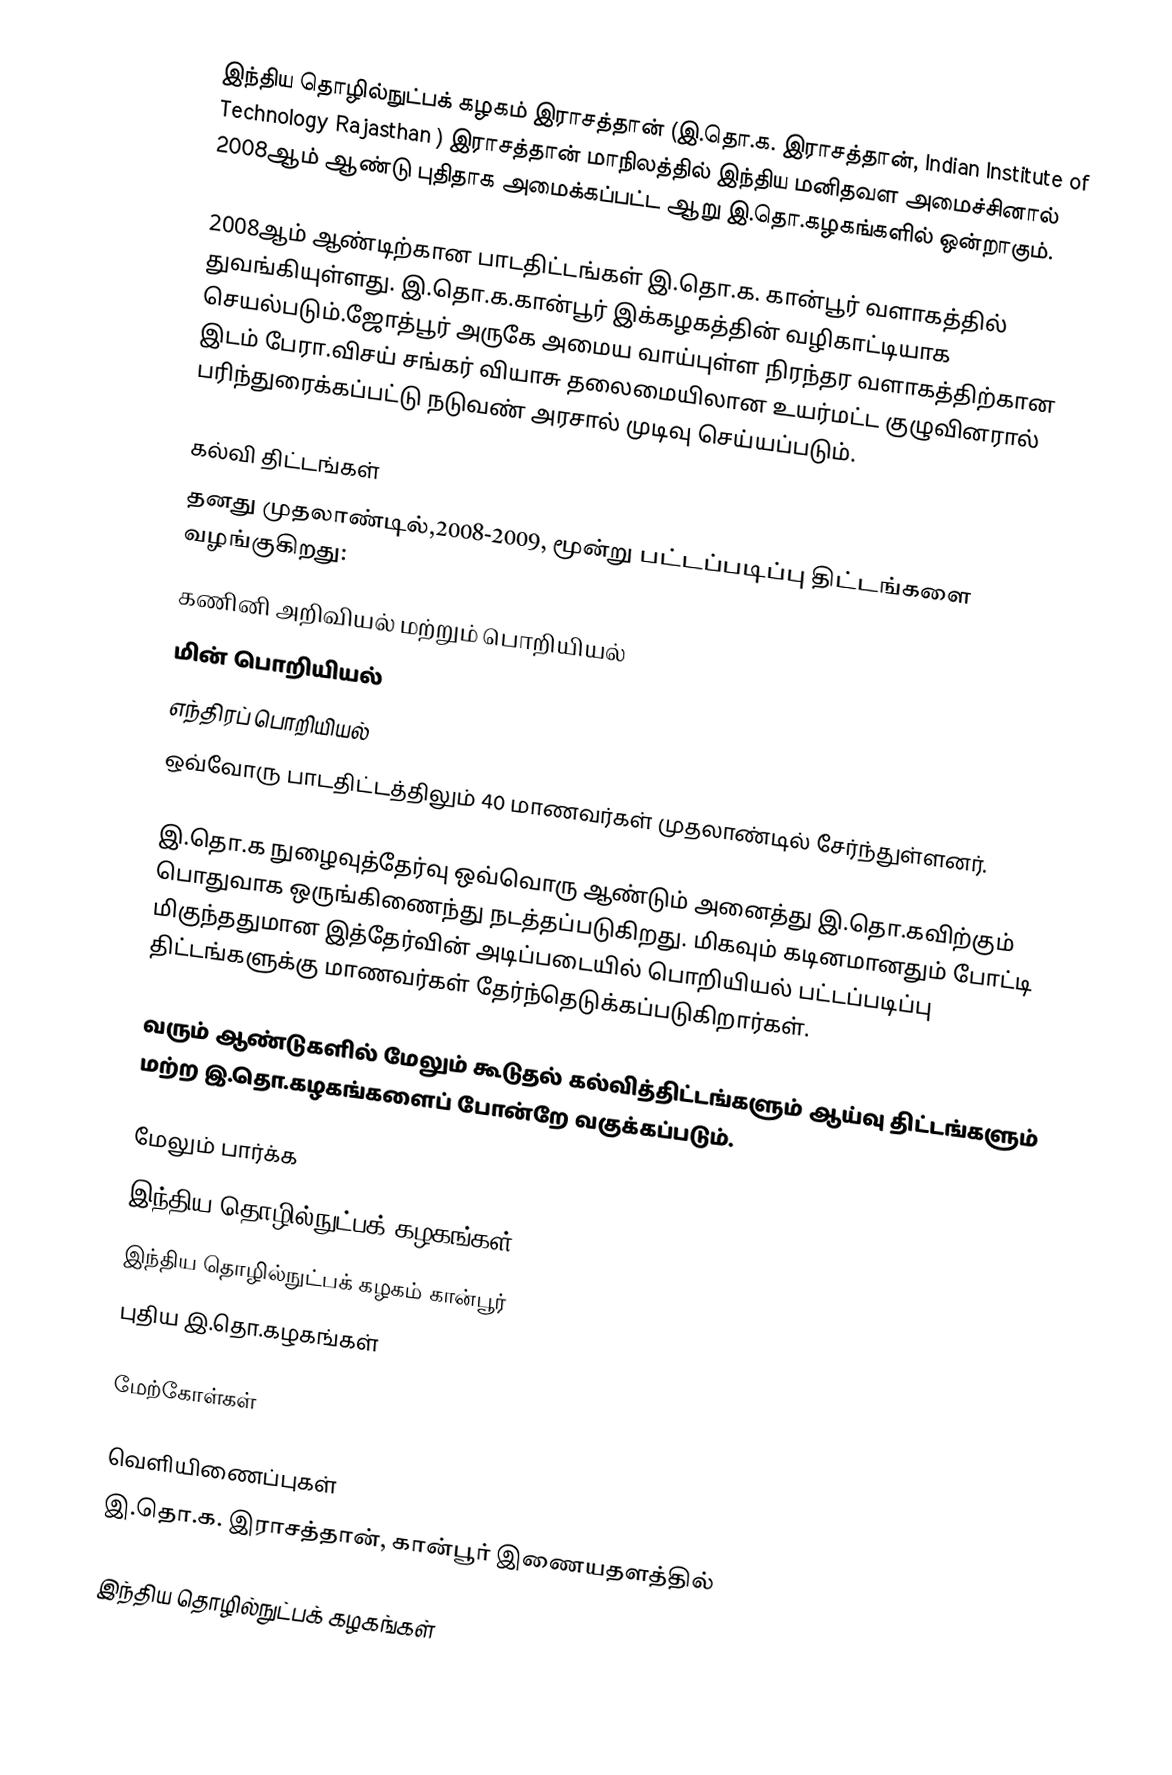
இந்திய தொழில்நுட்பக் கழகம் இராசத்தான் (இ.தொ.க. இராசத்தான், Indian Institute of Technology Rajasthan ) இராசத்தான் மாநிலத்தில் இந்திய மனிதவள அமைச்சினால் 2008ஆம் ஆண்டு புதிதாக அமைக்கப்பட்ட ஆறு இ.தொ.கழகங்களில் ஒன்றாகும்.

2008ஆம் ஆண்டிற்கான பாடதிட்டங்கள் இ.தொ.க. கான்பூர் வளாகத்தில் துவங்கியுள்ளது. இ.தொ.க.கான்பூர் இக்கழகத்தின் வழிகாட்டியாக செயல்படும்.ஜோத்பூர் அருகே அமைய வாய்புள்ள நிரந்தர வளாகத்திற்கான இடம் பேரா.விசய் சங்கர் வியாசு தலைமையிலான உயர்மட்ட குழுவினரால் பரிந்துரைக்கப்பட்டு நடுவண் அரசால் முடிவு செய்யப்படும்.

கல்வி திட்டங்கள்
தனது முதலாண்டில்,2008-2009, மூன்று பட்டப்படிப்பு திட்டங்களை வழங்குகிறது:
 கணினி அறிவியல் மற்றும் பொறியியல்
 மின் பொறியியல்
 எந்திரப் பொறியியல்
ஒவ்வோரு பாடதிட்டத்திலும் 40 மாணவர்கள் முதலாண்டில் சேர்ந்துள்ளனர்.

இ.தொ.க நுழைவுத்தேர்வு ஒவ்வொரு ஆண்டும் அனைத்து இ.தொ.கவிற்கும் பொதுவாக ஒருங்கிணைந்து நடத்தப்படுகிறது. மிகவும் கடினமானதும் போட்டி மிகுந்ததுமான இத்தேர்வின் அடிப்படையில் பொறியியல் பட்டப்படிப்பு திட்டங்களுக்கு மாணவர்கள் தேர்ந்தெடுக்கப்படுகிறார்கள்.

வரும் ஆண்டுகளில் மேலும் கூடுதல் கல்வித்திட்டங்களும் ஆய்வு திட்டங்களும் மற்ற இ.தொ.கழகங்களைப் போன்றே வகுக்கப்படும்.

மேலும் பார்க்க
இந்திய தொழில்நுட்பக் கழகங்கள்
இந்திய தொழில்நுட்பக் கழகம் கான்பூர்
புதிய இ.தொ.கழகங்கள்

மேற்கோள்கள்

வெளியிணைப்புகள்
இ.தொ.க. இராசத்தான், கான்பூர் இணையதளத்தில்

இந்திய தொழில்நுட்பக் கழகங்கள்